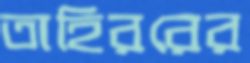
তাহিররের